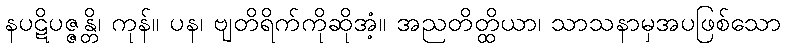
နပဋိပဇ္ဇန္တိ၊ ကုန်။ ပန၊ ဗျတိရိက်ကိုဆိုအံ့။ အညတိတ္ထိယာ၊ သာသနာမှအပဖြစ်သော